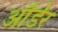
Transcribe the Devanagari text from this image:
ऑर्डेर